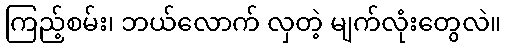
ကြည့်စမ်း၊ ဘယ်လောက် လှတဲ့ မျက်လုံးတွေလဲ။